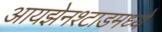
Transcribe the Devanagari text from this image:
आयझेनश्टाडमध्ये